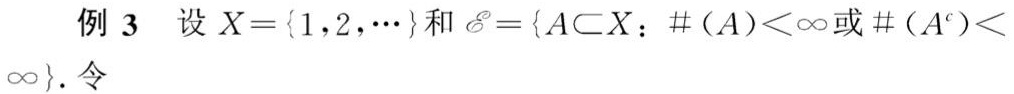
例 3 设 $X = \{1,2,\cdots\}$ 和 $\mathscr{E}=\{A\subset X:\#(A)<\infty\text{ 或 }\#(A^c)<\infty\}$. 令